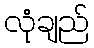
လုံချည်